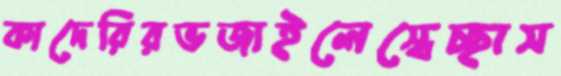
কাদেরিরভজাইলেস্বেচ্ছাস